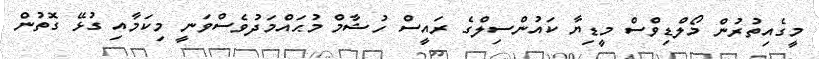
މީގެއިތުރުން މޯލްޑިވްސް މީޑިޔާ ކައުންސިލްގެ ރައީސް ހުޝާމް މުޙައްމަދުވެސްވަނީ މިކަމާއި ގުޅޭ ގޮތުން